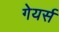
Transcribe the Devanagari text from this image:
गेयर्स